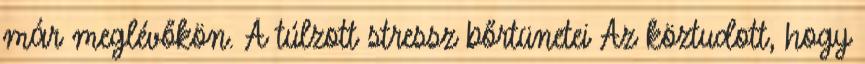
már meglévőkön. A túlzott stressz bőrtünetei Az köztudott, hogy